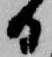
ひ